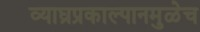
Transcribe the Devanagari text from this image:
व्याघ्रप्रकाल्पानमुळेच